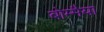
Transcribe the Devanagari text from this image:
बोम्मैया